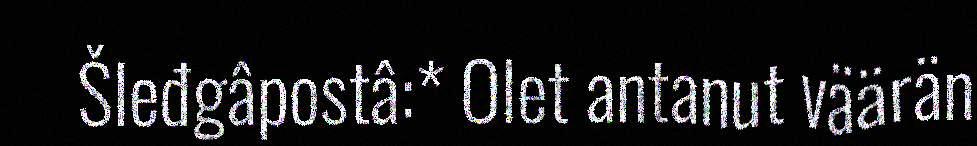
Šleđgâpostâ:* Olet antanut väärän